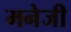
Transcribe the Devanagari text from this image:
मनेजी